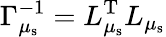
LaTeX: \Gamma_{\mu_{\mathrm{s}}}^{-1}=L_{\mu_{\mathrm{s}}}^{\mathrm{T}}L_{\mu_{\mathrm{s}}}